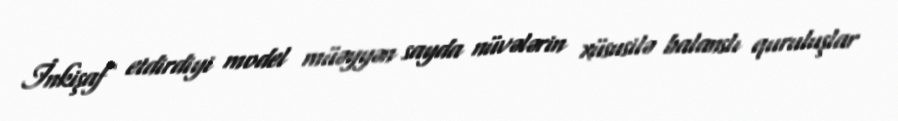
İnkişaf etdirdiyi model müəyyən sayda nüvələrin xüsusilə balanslı quruluşlar